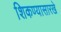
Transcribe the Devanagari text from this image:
शिकण्यासारखे